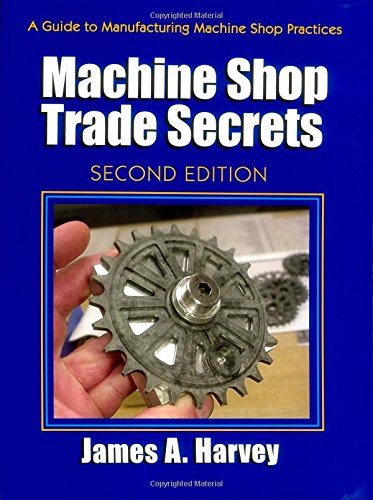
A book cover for Machine Shop Trade Secrets: A Guide to Manufacturing Machine Shop Practices, 2nd Edition; James Harvey; Business & Money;